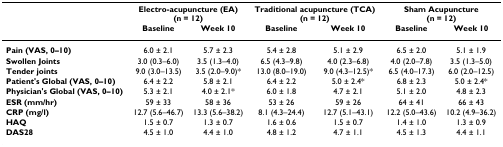
<table><thead><tr><td></td><td colspan="2"><b>Electro-acupuncture (EA) (n = 12)</b></td><td colspan="2"><b>Traditional acupuncture (TCA) (n = 12)</b></td><td colspan="2"><b>Sham Acupuncture (n = 12)</b></td></tr><tr><td></td><td><b>Baseline</b></td><td><b>Week 10</b></td><td><b>Baseline</b></td><td><b>Week 10</b></td><td><b>Baseline</b></td><td><b>Week 10</b></td></tr></thead><tbody><tr><td><b>Pain (VAS, 0–10)</b></td><td>6.0 ± 2.1</td><td>5.7 ± 2.3</td><td>5.4 ± 2.8</td><td>5.1 ± 2.9</td><td>6.5 ± 2.0</td><td>5.1 ± 1.9</td></tr><tr><td><b>Swollen Joints</b></td><td>3.0 (0.3–6.0)</td><td>3.5 (1.3–4.0)</td><td>6.5 (4.3–9.8)</td><td>4.0 (2.3–6.8)</td><td>4.0 (2.0–7.8)</td><td>3.5 (1.3–5.0)</td></tr><tr><td><b>Tender joints</b></td><td>9.0 (3.0–13.5)</td><td>3.5 (2.0–9.0)*</td><td>13.0 (8.0–19.0)</td><td>9.0 (4.3–12.5)*</td><td>6.5 (4.0–17.3)</td><td>6.0 (2.0–12.5)</td></tr><tr><td><b>Patient&#x27;s Global (VAS, 0–10)</b></td><td>6.4 ± 2.2</td><td>5.8 ± 2.1</td><td>6.4 ± 2.2</td><td>5.0 ± 2.4*</td><td>6.8 ± 2.3</td><td>5.0 ± 2.4*</td></tr><tr><td><b>Physician&#x27;s Global (VAS, 0–10)</b></td><td>5.3 ± 2.1</td><td>4.0 ± 2.1*</td><td>6.0 ± 1.8</td><td>4.7 ± 2.1</td><td>5.1 ± 2.0</td><td>4.8 ± 2.3</td></tr><tr><td><b>ESR (mm/hr)</b></td><td>59 ± 33</td><td>58 ± 36</td><td>53 ± 26</td><td>59 ± 26</td><td>64 ± 41</td><td>66 ± 43</td></tr><tr><td><b>CRP (mg/l)</b></td><td>12.7 (5.6–46.7)</td><td>13.3 (5.6–38.2)</td><td>8.1 (4.3–24.4)</td><td>12.7 (5.1–43.1)</td><td>12.2 (5.0–43.6)</td><td>10.2 (4.9–36.2)</td></tr><tr><td><b>HAQ</b></td><td>1.5 ± 0.7</td><td>1.3 ± 0.7</td><td>1.6 ± 0.6</td><td>1.5 ± 0.7</td><td>1.4 ± 1.0</td><td>1.3 ± 0.9</td></tr><tr><td><b>DAS28</b></td><td>4.5 ± 1.0</td><td>4.4 ± 1.0</td><td>4.8 ± 1.2</td><td>4.7 ± 1.1</td><td>4.5 ± 1.3</td><td>4.4 ± 1.1</td></tr></tbody></table>